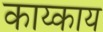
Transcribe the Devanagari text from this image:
काय्काय